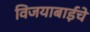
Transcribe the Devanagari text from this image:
विजयाबाईंचे